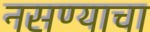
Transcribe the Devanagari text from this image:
नसण्याचा